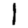
Digit: 1